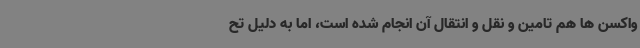
واکسن ها هم تامین و نقل و انتقال آن انجام شده است، اما به دلیل تح